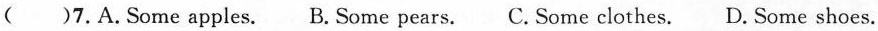
()7.A.Some apples. B.Some pears. C.Some clothes. D. Some shoes.